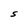
Character: S